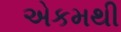
એકમથી